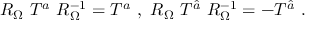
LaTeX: R _ { \Omega } ~ T ^ { a } ~ R _ { \Omega } ^ { - 1 } = T ^ { a } ~ , ~ R _ { \Omega } ~ T ^ { \hat { a } } ~ R _ { \Omega } ^ { - 1 } = - T ^ { \hat { a } } ~ . ~ \,